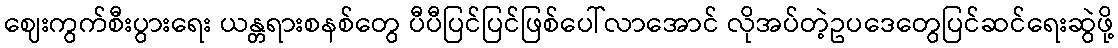
ဈေးကွက်စီးပွားရေး ယန္တရားစနစ်တွေ ပီပီပြင်ပြင်ဖြစ်ပေါ်လာအောင် လိုအပ်တဲ့ဥပဒေတွေပြင်ဆင်ရေးဆွဲဖို့